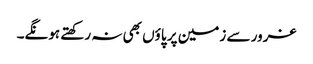
غرور سے زمین پر پاؤں بھی نہ رکھتے ہونگے۔